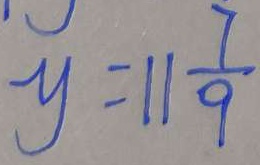
y = 1 1 \frac { 7 } { 9 }